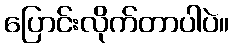
ပြောင်းလိုက်တာပါပဲ။